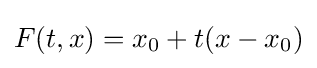
F(t,x)=x_{0}+t(x-x_{0})